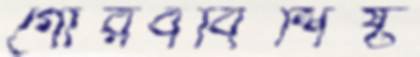
গৌরববিশিষ্ট